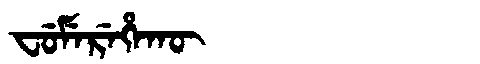
Manchu: ᠸᡠᠮᡝᡵᡝᡥᠠᡴᡡ
Romanization: FUMEREHAKŪ